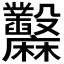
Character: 𪎲